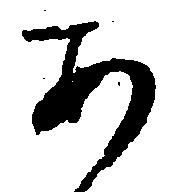
あ